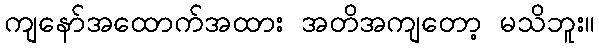
ကျနော်အထောက်အထား အတိအကျတော့ မသိဘူး။